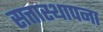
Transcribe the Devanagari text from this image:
सत्तास्थापना